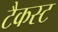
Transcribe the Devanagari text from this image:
टैकस्ट